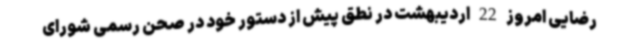
رضایی امروز 22 اردیبهشت در نطق پیش از دستور خود در صحن رسمی شورای